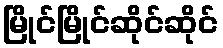
မြိုင်မြိုင်ဆိုင်ဆိုင်